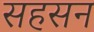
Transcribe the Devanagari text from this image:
सहसन